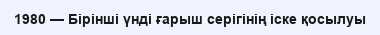
1980 — Бiрiншi үндi ғарыш серiгiнiң iске қосылуы